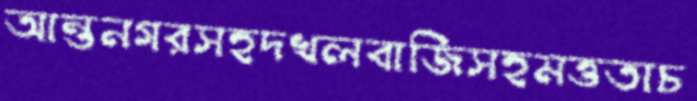
আন্তনগরসহদখলবাজিসহমত্ততাচ